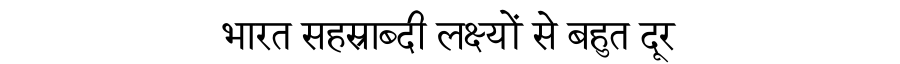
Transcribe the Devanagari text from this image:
भारत सहस्राब्दी लक्ष्यों से बहुत दूर